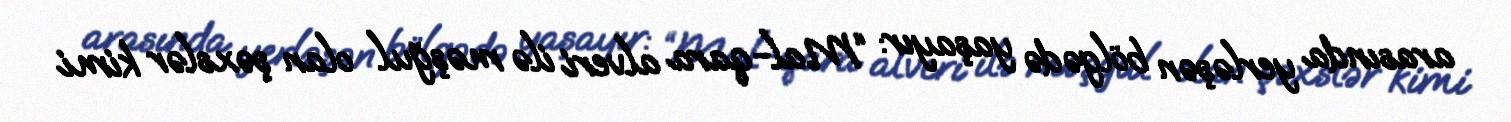
arasında yerləşən bölgədə yaşayır: “Mal-qara alveri ilə məşğul olan şəxslər kimi